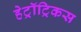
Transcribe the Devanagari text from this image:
हेट्रॉट्रिकस